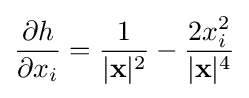
{\frac {\partial h}{\partial x_{i}}}={\frac {1}{|\mathbf {x} |^{2}}}-{\frac {2x_{i}^{2}}{|\mathbf {x} |^{4}}}